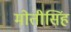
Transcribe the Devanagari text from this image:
मोतीसिंह